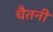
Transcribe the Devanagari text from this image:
चैतनी